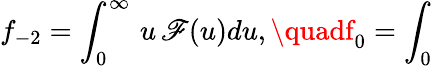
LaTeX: f_{-2}=\int_{0}^{\infty}\, u\, \mathscr{F}(u)du,\quadf_{0}=\int_{0}